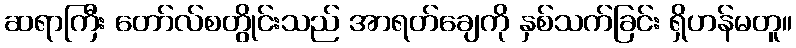
ဆရာကြီး တော်လ်စတွိုင်းသည် အာရတ်ချေကို နှစ်သက်ခြင်း ရှိဟန်မတူ။